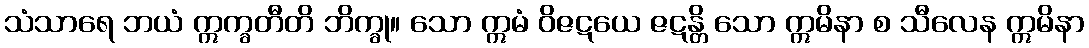
သံသာရေ ဘယံ ဣက္ခတီတိ ဘိက္ခု။ သော ဣမံ ဝိဇဋယေ ဇဋန္တိ သော ဣမိနာ စ သီလေန ဣမိနာ